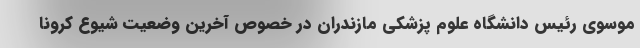
موسوی رئیس دانشگاه علوم پزشکی مازندران در خصوص آخرین وضعیت شیوع کرونا